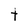
Character: t